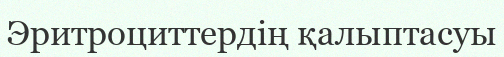
Эритроциттердің қалыптасуы